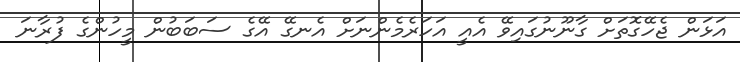
އަޅަން ޖެހޭގޮތަށް ގާނޫނުގައިވޭ އެއީ އަހަރެމެންނަށް އެނގޭ އޭގެ ސަބަބުން މީހުންގެ ފުރާނަ